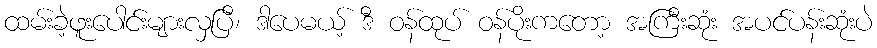
ထမ်းခဲ့ဖူးပေါင်းများလှပြီ၊ ဒါပေမယ့် ဒီ ဝန်ထုပ် ဝန်ပိုးကတော့ အကြီးဆုံး အပင်ပန်းဆုံးပဲ